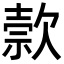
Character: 𬅭